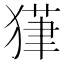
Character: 𱮔